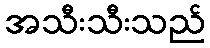
အသီးသီးသည်